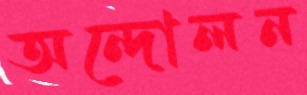
অন্দোলন